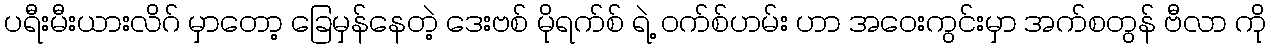
ပရီးမီးယားလိဂ် မှာတော့ ခြေမှန်နေတဲ့ ဒေးဗစ် မိုရက်စ် ရဲ့ ဝက်စ်ဟမ်း ဟာ အဝေးကွင်းမှာ အက်စတွန် ဗီလာ ကို